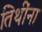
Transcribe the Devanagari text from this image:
तिथींना